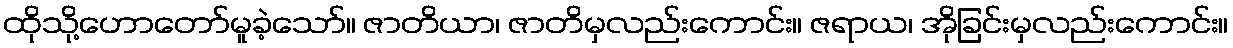
ထိုသို့ဟောတော်မူခဲ့သော်။ ဇာတိယာ၊ ဇာတိမှလည်းကောင်း။ ဇရာယ၊ အိုခြင်းမှလည်းကောင်း။